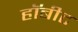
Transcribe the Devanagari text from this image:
हॉबीट